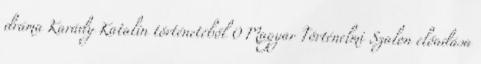
dráma Karády Katalin történetéből 0 Magyar Történelmi Szalon előadása